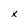
Character: x